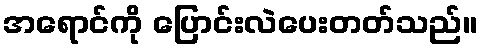
အရောင်ကို ပြောင်းလဲပေးတတ်သည်။